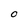
Character: O